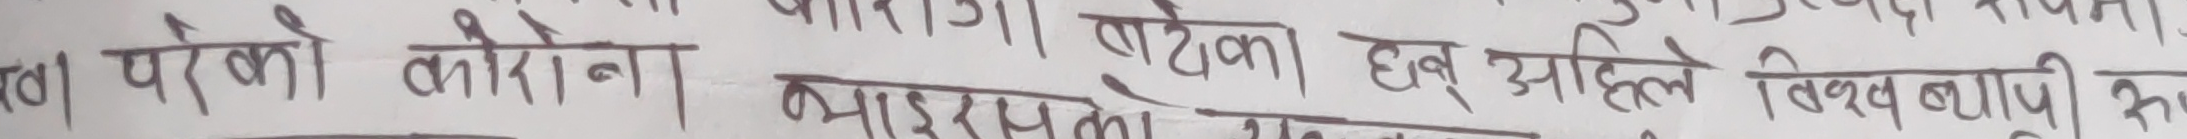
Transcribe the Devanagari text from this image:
त) परको कोरोना बाहिरका टीका अब अहिले विश्व ब्यापी रू
भाइरसको